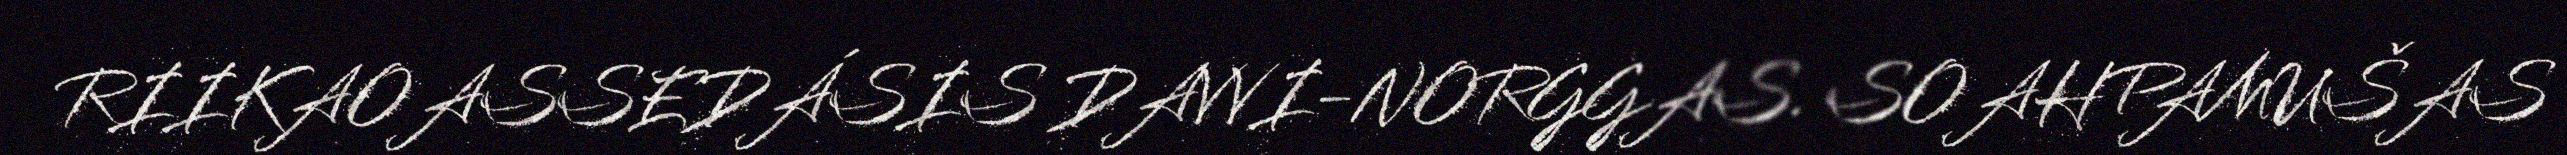
RIIKAOASSEDÁSIS DAVVI-NORGGAS. SOAHPAMUŠAS